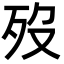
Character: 歿